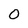
Character: O